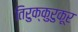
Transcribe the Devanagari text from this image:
तिरुक्कुरुकूर